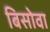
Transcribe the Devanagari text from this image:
बिसोवा